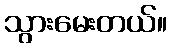
သွားမေးတယ်။